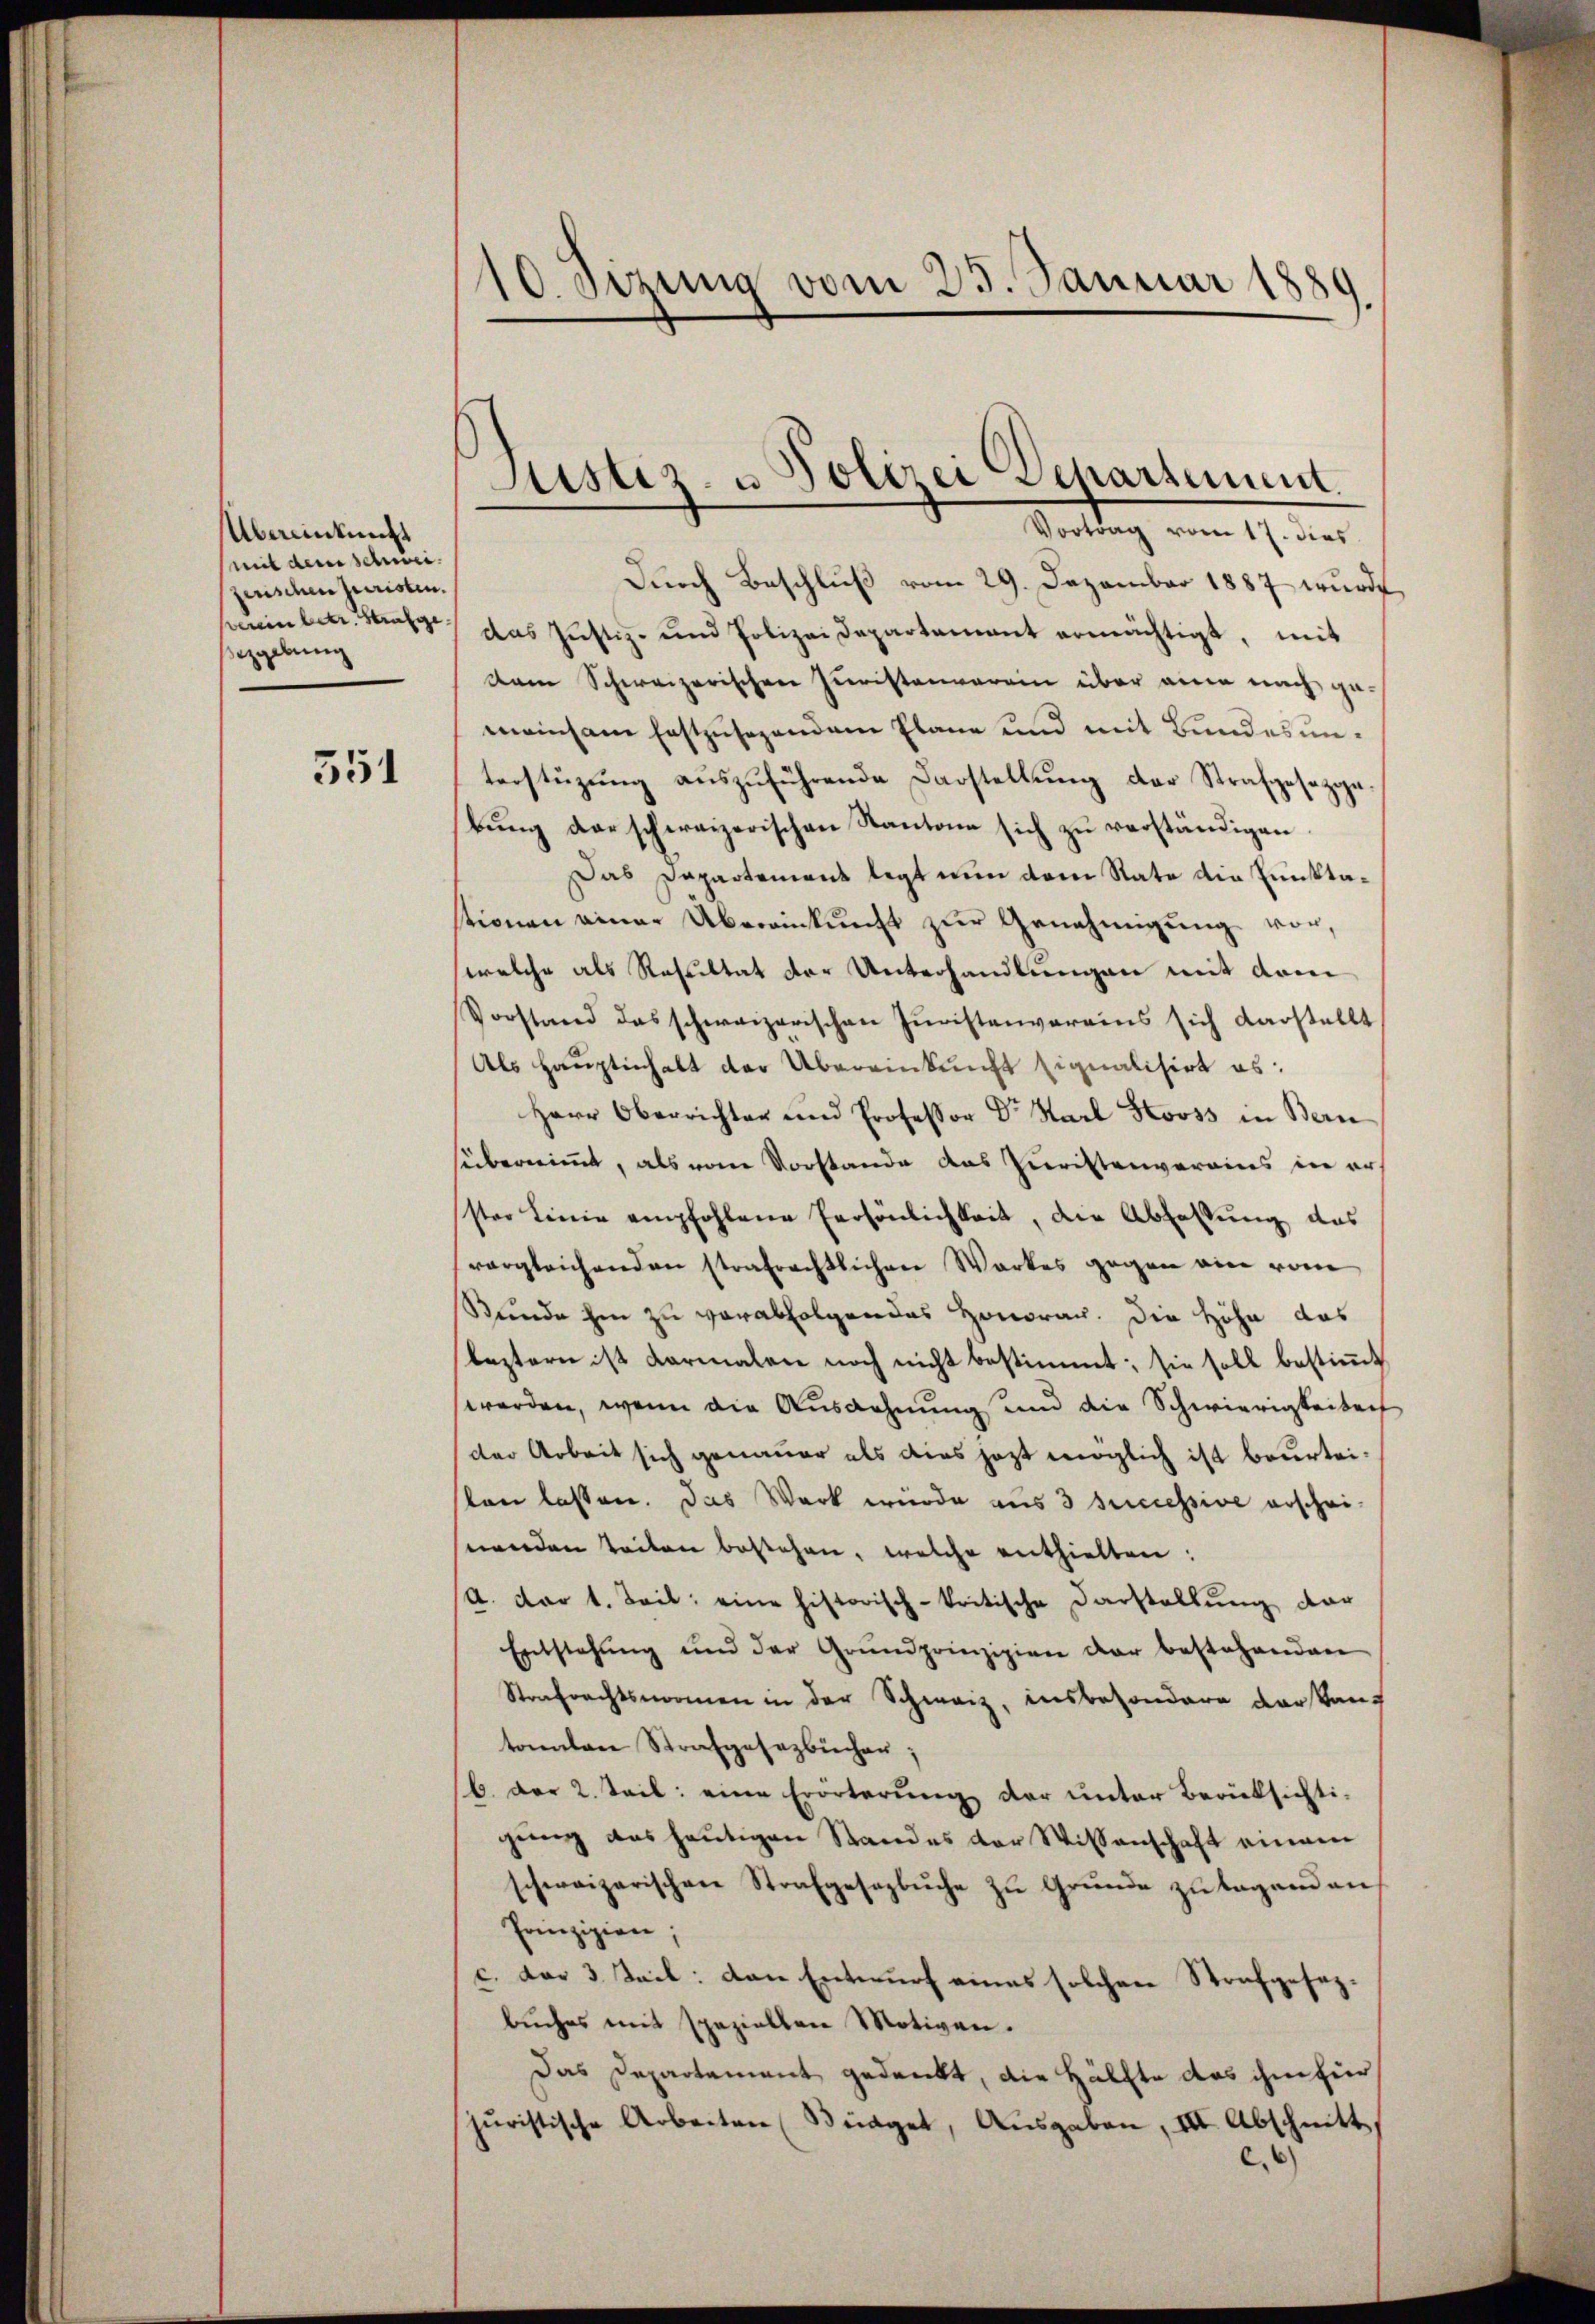
Übereinkunft
mit dem schwei
zerischen Juristen.
verein betr. Strafge
szgebung

551

10. Sizung vom 25. Januar 1889.

Dŭrch Beschlŭβ vom 29. Dezember 1887 wurde
das Justiz- und Polizeidepartamant ermächtigt, mit
dam Schweizerischen Juristenverein über eine nach gemeinsam festzusagendem Plane und mit Bundes unterstüzung aŭszŭführende Darstellung der Strafgesezige
bung darschweizerischen Kantone sich zu verständigen
Das Dapartement legt nun dem Rate die Funktastionen einer Übereinkunft zur Genehmigung vor,
welche als Resultat der Unterhandlungen mit dem
Vorstand das schweizerischen Juristenvereins sich darstellt
Als Hauptinhalt der Übereinkunft signalisirt es:
Herr Oberrichter und Professor Dr. Karl Stooss in Bern
sübernimmt, als vom Vorstande das Zuristenverains in er-
ster Linie empfohlene Persönlichkeit, die Abfassung das
vergleichenden strafrechtlichen Werkes gegen eine vom
Stunde hin zu verabfolgendes Honoran. Die Höhe das
leztern ist darmalen noch nicht bestimmt; sie soll bestimmt
werden, wenn die Ausdehnung und die Schwierigkeitenf
der Arbeit sich genauer als dies jezt möglich ist beurteilen lassen. Das Werk wurde aus 3 successive erscheinenden Teilen bestehen, welche enthielten:
/A. dar t. Teil eine historisch-kritische Darstellŭng dar
Entstehung und der Grundprinzipien der bestehenden
Strafrechtsnormen in der Schwarz, insbesondere Darstantonalen Strafgesezbüchen;
b. der 2. Teil eine Erörterŭng der unter Berücksichti-
gung das heutigen Standes der Wissenschaft einem
schweizerischen Strafgesezbuche zu Grunde zu tagend an
Prinzipien;
c. das 3 Teil: den Entwurf eines solchen Strafgesezbuches mit speziellen Motiven.
Das Departement gedankt, die Hälfte das ihm für
jŭristische Arbeiten (Bürger, Aŭsgaben, III. Abschnitt,
c.

Justiz- u Polizei Departement.
Vortrag vom 17. dies